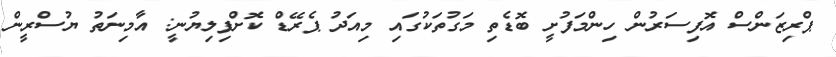
ޕްރިޒަންސް އޮފިސަރުން ހިންމަފުށީ ބޮޑެތި މަގުތަކުގައި މިއަދު ޕެރޭޑް ކޮށްފިލިޔުނީ: އާމިނަތު ޔުސްރީން